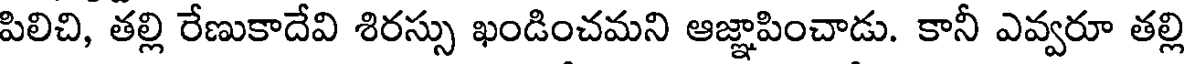
పిలిచి, తల్లి రేణుకాదేవి శిరస్సు ఖండించమని ఆజ్ఞాపించాడు. కానీ ఎవ్వరూ తల్లి